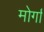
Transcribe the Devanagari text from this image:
मोर्गा